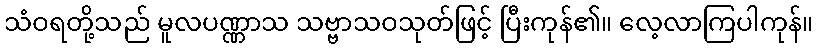
သံဝရတို့သည် မူလပဏ္ဏာသ သဗ္ဗာသဝသုတ်ဖြင့် ပြီးကုန်၏။ လေ့လာကြပါကုန်။